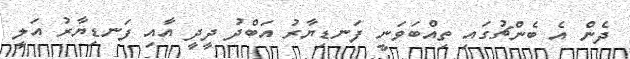
ދެން އެ ބެންޗުގައި ތިއްބަވަނީ ފަނޑިޔާރު އަބްދު ދީދީ އާއި ފަނޑިޔާރު އަލީ